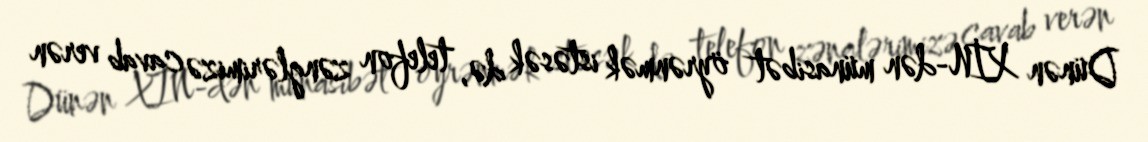
Dünən XİN-dən münasibət öyrənmək istəsək də, telefon zənglərimizə cavab verən